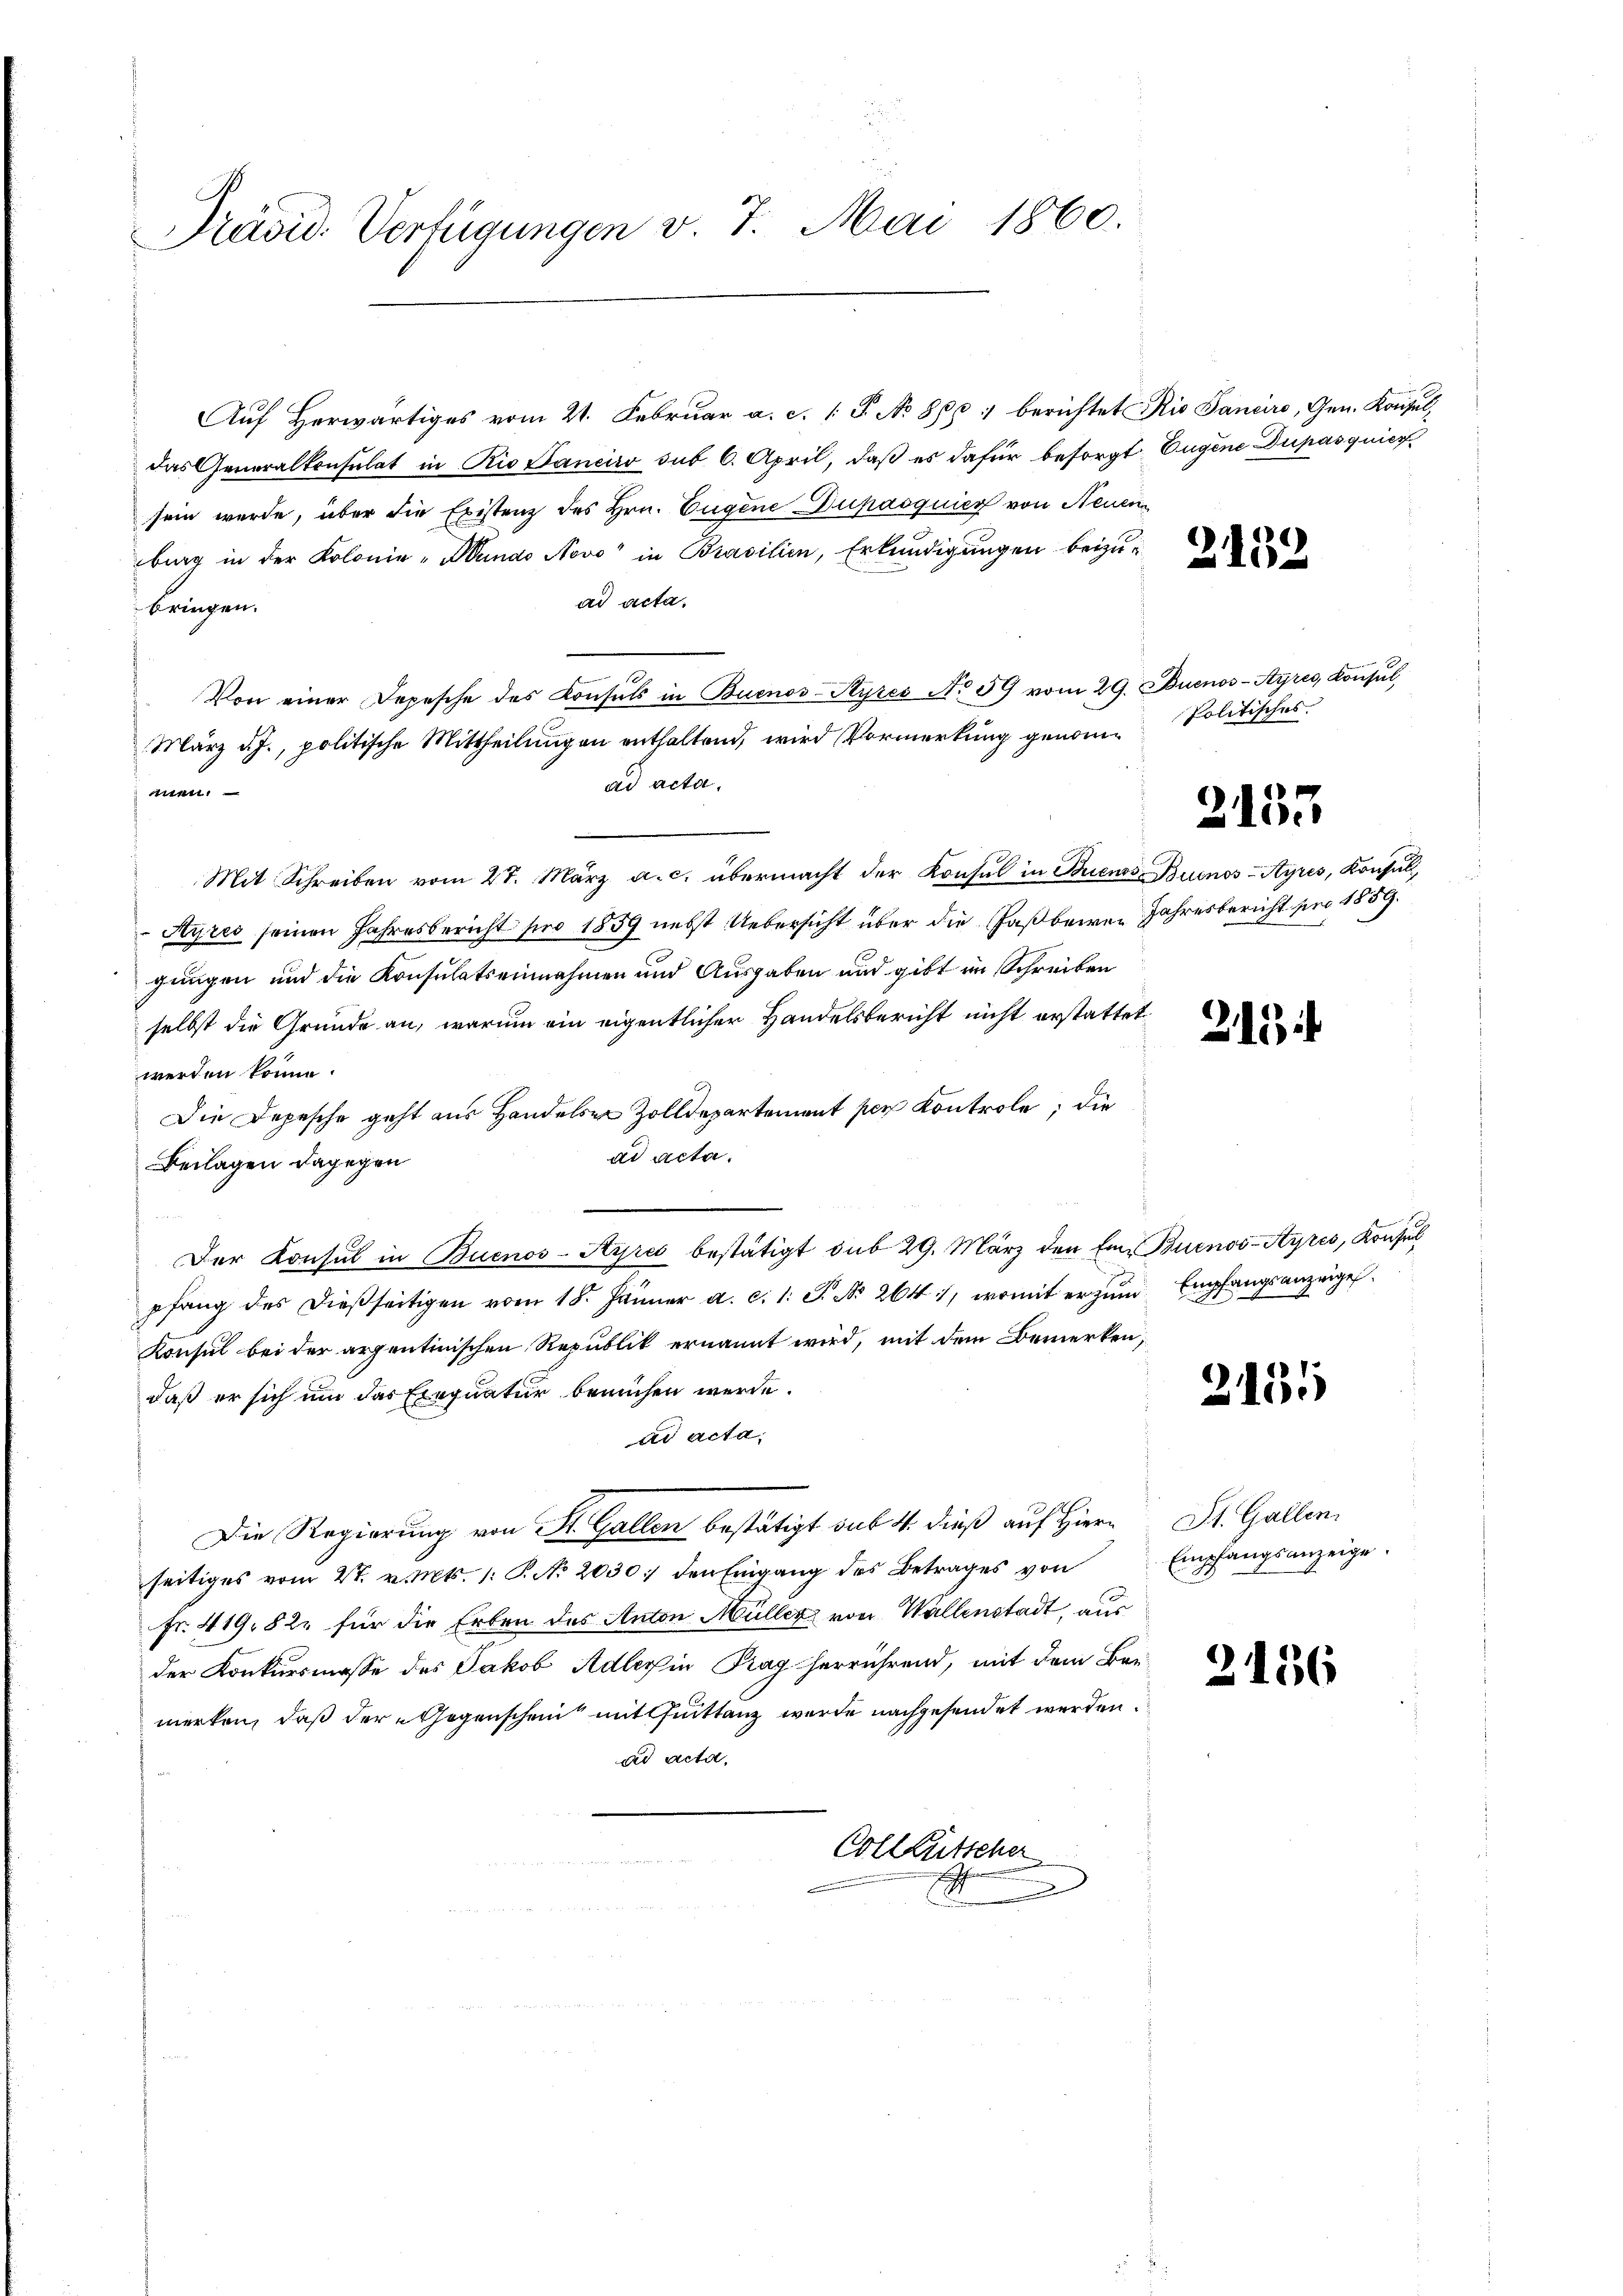
Präsid. Verfügungen v. 7. Mai 1860.

Auf Herwärtiges vom 21. Februar a. c. [P No 861 berichtet Rio Sancire, Gen. Konsuldas Generalkonsulat in Rio Banciro sub 6. April, daß es dafür besorgt. Eugene Dupasquier
sein werde, über die Existenz des Hrn. Eugene Dupasquier von Neuen
burg in der Kolonie-Mando Novo" in Brasilien, Erkundigungen beizuad acta.
bringen.
3
Von einer Depesche des Konsuls in Buenos-Ayres No 59 vom 29. Buenos-Ayres Konsul
März d. J., politische Mittheilŭngen enthaltend, wird Vormerkŭng genom-Politisches.
ad acta.
l
Mit Schreiben vom 27. März a. c. übermacht der Konsul in Briens Buenos-Ayres, Konsull
Ayres seinen Jahresbericht pro 1859 nebst Uebersicht über die Paßbaren Jahresbericht pro 1859.
gungen und die Konsulatseinnahmen und Ausgaben und gibt im Schreiben
selbst die Gründe an, warum ein eigentlicher Handelsbericht nicht erstattet.
werden könne.
Die Depesche geht aus Handelsen Zolldepartement per Kontrole, die
ad acta.
Beilagen dagegen
Der Konsul in Buenos-Ayres bestätigt sub 29. März den Eine Buenos-Ayres, Konsul
pfang des dießseitigen vom 18. Jänner a. c. 1. P. Nr. 264, womit er zum Empfan
Konsul bei der arpentinischen Republik ernannt wird, mit dem Bemerken,
daß er sich um das Exequatur bemühen werde.
ad acta.
27
Die Regierung von St. Gallen bestätigt sub 4. dieß auf Hier St. Gallen.
seitiges vom 2t. v. Mts. 1. P. No. 2030 :/ den Eingang des Betrages von
Nr. 419. 82. für die Erben des Anton Müller von Wallenstadt, aus
der Konkursmasse des Jakob Adlerin Prag herrührend, mit dem Bar-
merken, daß der Gegenschein mit Quittanz wurde nachgesendet werden.
ad acta,
Colleütscher
2

2132

2133

215

ngsanzeigel.

2135

Empfangsanzeige.

2136